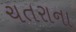
ચતરાના